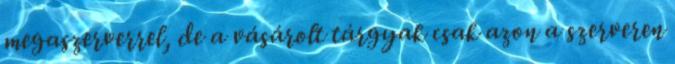
megaszerverrel, de a vásárolt tárgyak csak azon a szerveren